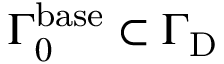
{ \Gamma } _ { 0 } ^ { \mathrm { b a s e } } \subset { \Gamma } _ { \mathrm { D } }